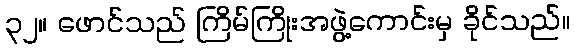
၃၂။ ဖောင်သည် ကြိမ်ကြိုးအဖွဲ့ကောင်းမှ ခိုင်သည်။